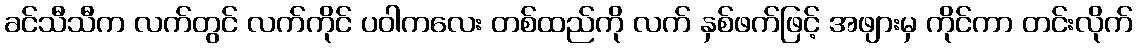
ခင်သီသီက လက်တွင် လက်ကိုင် ပဝါကလေး တစ်ထည်ကို လက် နှစ်ဖက်ဖြင့် အဖျားမှ ကိုင်ကာ တင်းလိုက်